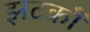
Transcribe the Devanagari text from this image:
झटकोँ